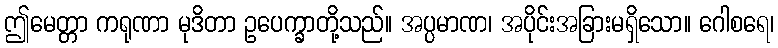
ဤမေတ္တာ ကရုဏာ မုဒိတာ ဥပေက္ခာတို့သည်။ အပ္ပမာဏ၊ အပိုင်းအခြားမရှိသော။ ဂေါစရေ၊